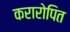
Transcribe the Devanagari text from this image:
करारोपित